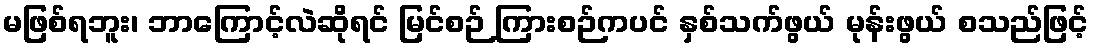
မဖြစ်ရဘူး၊ ဘာကြောင့်လဲဆိုရင် မြင်စဉ် ကြားစဉ်ကပင် နှစ်သက်ဖွယ် မုန်းဖွယ် စသည်ဖြင့်